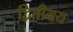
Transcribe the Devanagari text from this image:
द्वितीयय